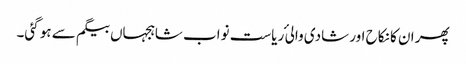
پھر ان کا نکاح اور شادی والی ٔ ریاست نواب شاہجہاں بیگم سے ہو گئی۔